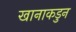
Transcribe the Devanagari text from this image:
खानाकडुन